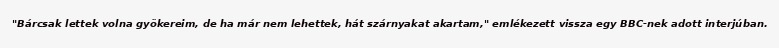
"Bárcsak lettek volna gyökereim, de ha már nem lehettek, hát szárnyakat akartam," emlékezett vissza egy BBC-nek adott interjúban.